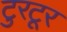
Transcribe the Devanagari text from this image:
टुरटूर